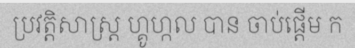
ប្រវត្តិសាស្ត្រ ហ្គូហ្កល បាន ចាប់ផ្តើម ក